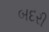
બદરી